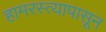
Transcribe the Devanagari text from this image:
हामरस्त्यापासून